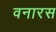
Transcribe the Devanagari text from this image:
वनारस